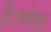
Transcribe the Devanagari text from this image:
है।मोक्ष